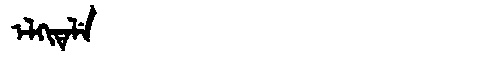
Manchu: ᡝᠯᡴᡳᡨᡝᠯᡝ
Romanization: ELKITELE